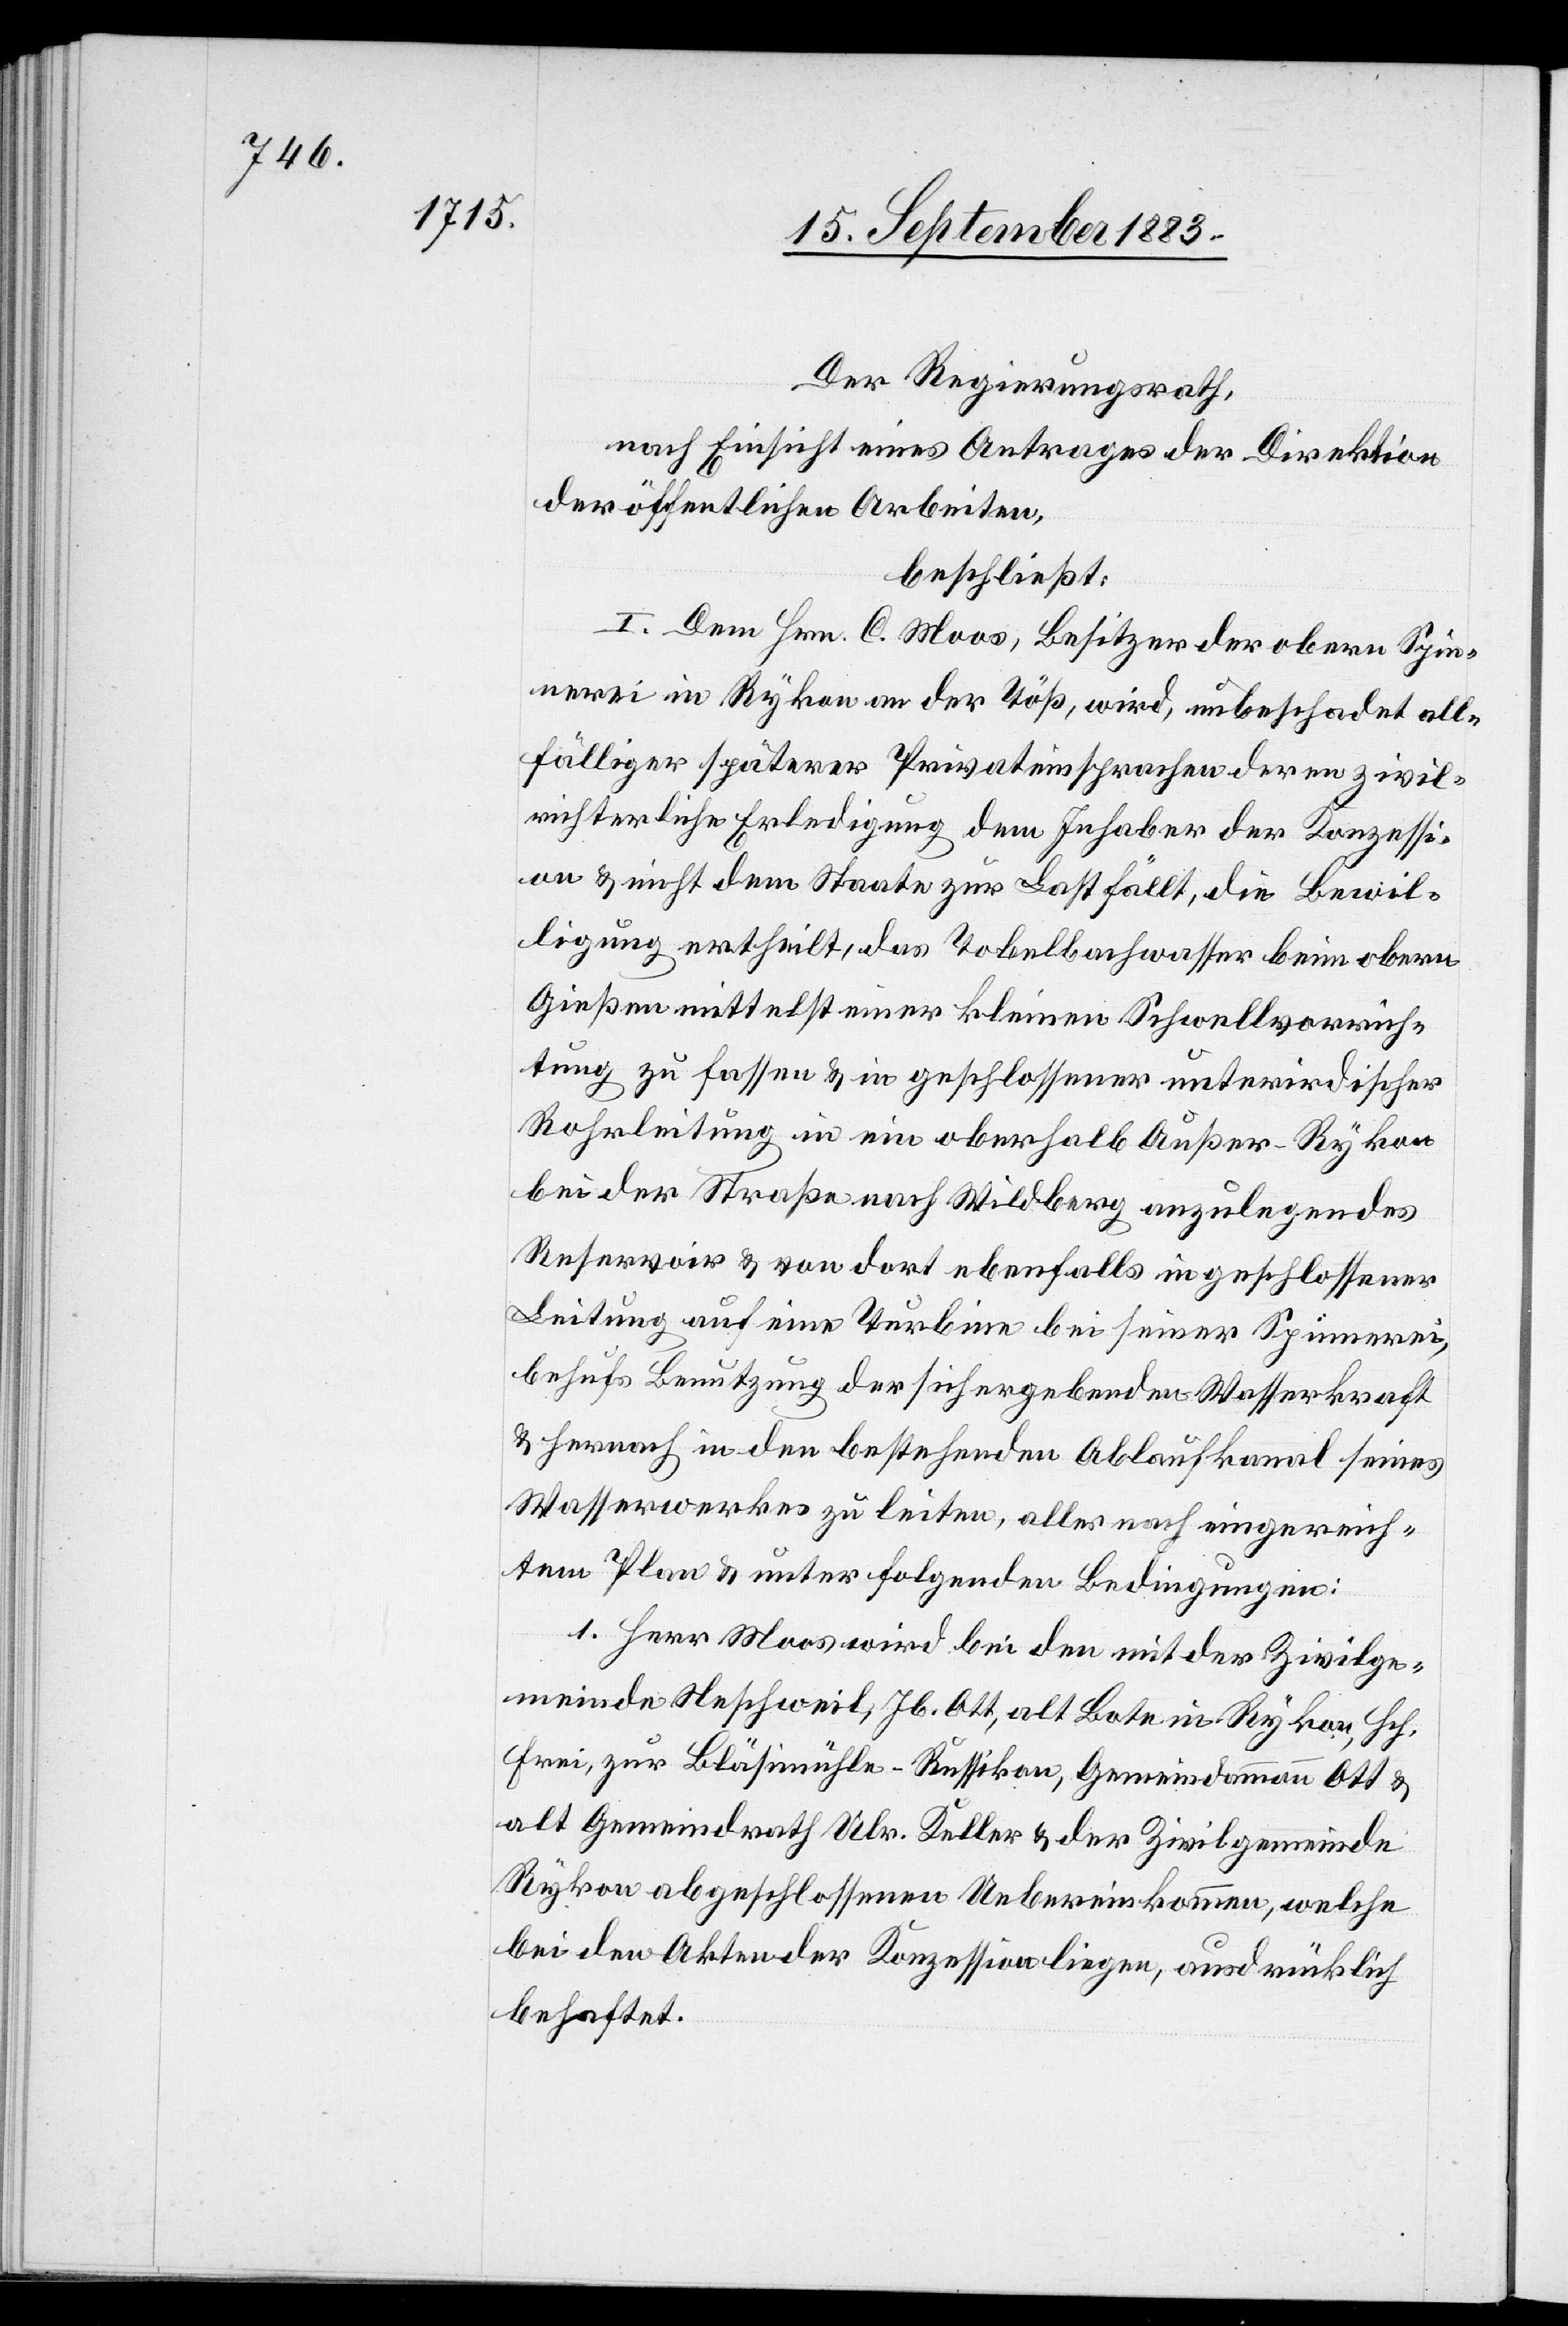
Der Regierungsrath,
nach Einsicht eines Antrages der Direktion
der öffentlichen Arbeiten,
beschließt:
I. Dem Hrn. C. Moos, Besitzer der obern Spin¬
nerei in Rykon an der Töß, wird, unbeschadet all¬
fälliger späterer Privateinsprachen deren zivil¬
richterliche Erledigung dem Inhaber der Konzessi¬
on & nicht dem Staate zur Last fällt, die Bewil¬
ligung ertheilt, das Tobelbachwasser beim obern
Gießen mittelst einer kleinen Schwellvorrich¬
tung zu fassen & in geschlossener unterirdischer
Rohrleitung in ein oberhalb Außer-Rykon
bei der Straße nach Wildberg anzulegendes
Reservoir & von dort ebenfalls in geschlossener
Leitung auf eine Turbine bei seiner Spinnerei,
behufs Benutzung der sich ergebenden Wasserkraft
& hernach in den bestehenden Ablaufkanal seines
Wasserwerkes zu leiten, alles nach eingereich¬
tem Plan & unter folgenden Bedingungen:
1. Herr Moos wird bei den mit der Zivilge¬
meinde Neschweil, Jb. Ott, alt Bote in Rykon, Hch.
Frei, zur Bläsimühle - Russikon, Gemeindammann Ott &
alt Gemeindrath Ulr. Keller & der Zivilgemeinde
Rykon abgeschlossenen Uebereinkommen, welche
bei den Akten der Konzession liegen, ausdrücklich
behaftet.